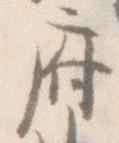
府